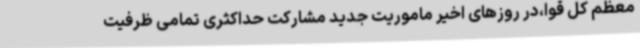
معظم کل قوا،در روزهای اخیر ماموریت جدید مشارکت حداکثری تمامی ظرفیت